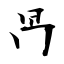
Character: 冎